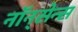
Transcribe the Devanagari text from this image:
नॉन्‌सेन्स